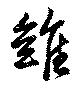
雖